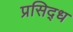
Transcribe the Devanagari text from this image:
प्रसिद्‍ध